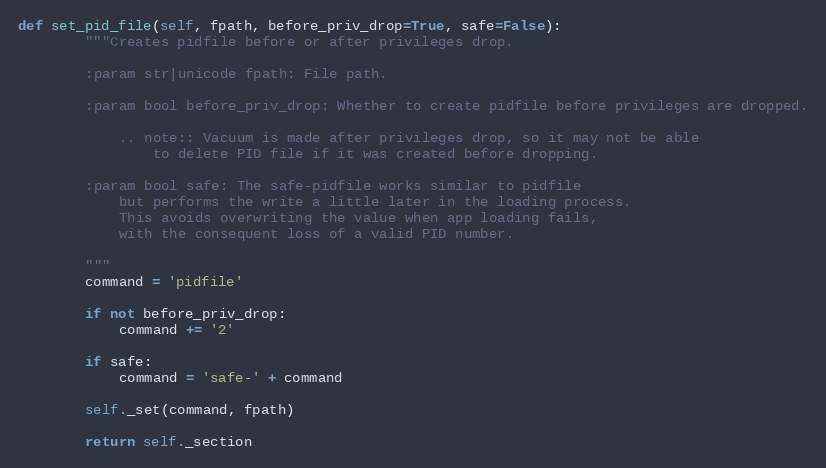
Language: Python
def set_pid_file(self, fpath, before_priv_drop=True, safe=False):
        """Creates pidfile before or after privileges drop.

        :param str|unicode fpath: File path.

        :param bool before_priv_drop: Whether to create pidfile before privileges are dropped.

            .. note:: Vacuum is made after privileges drop, so it may not be able
                to delete PID file if it was created before dropping.

        :param bool safe: The safe-pidfile works similar to pidfile
            but performs the write a little later in the loading process.
            This avoids overwriting the value when app loading fails,
            with the consequent loss of a valid PID number.

        """
        command = 'pidfile'

        if not before_priv_drop:
            command += '2'

        if safe:
            command = 'safe-' + command

        self._set(command, fpath)

        return self._section